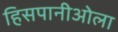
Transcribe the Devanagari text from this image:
हिसपानीओला